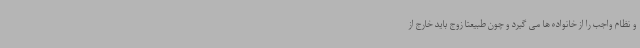
و نظام واجب را از خانواده ها می گیرد و چون طبیعتاً زوج باید خارج از